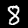
Digit: 8